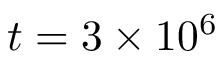
t = 3 \times 1 0 ^ { 6 }